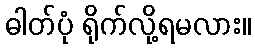
ဓါတ်ပုံ ရိုက်လို့ရမလား။